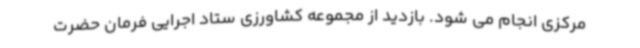
مرکزی انجام می شود. بازدید از مجموعه کشاورزی ستاد اجرایی فرمان حضرت